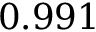
0 . 9 9 1